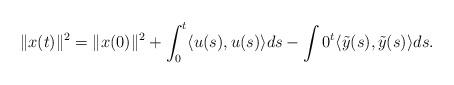
LaTeX: \begin{align*}\|x(t)\|^2 = \|x(0)\|^2 + \int_0^t \langle u(s) ,u(s) \rangle ds - \int0^t \langle \tilde{y}(s), \tilde{y}(s) \rangle ds. \end{align*}